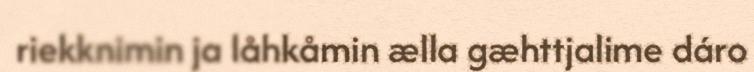
riekknimin ja låhkåmin ælla gæhttjalime dáro